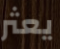
يعثر